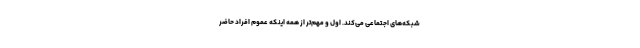
شبکه‌های اجتماعی می‌کند. اول و مهم‌تر از همه اینکه عموم افراد حاضر